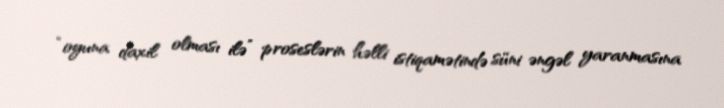
“oyuna daxil olması ilə” proseslərin həlli istiqamətində süni əngəl yaranmasına